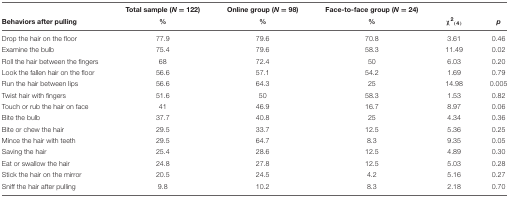
<table><thead><tr><td></td><td><b>Total sample (<i>N</i> = 122)</b></td><td><b>Online group (<i>N</i> = 98)</b></td><td><b>Face-to-face group (<i>N</i> = 24)</b></td><td></td><td></td></tr><tr><td><b>Behaviors after pulling</b></td><td><b>%</b></td><td><b>%</b></td><td><b>%</b></td><td><b>χ<sup>2</sup><sub>(4)</sub></b></td><td><b><i>p</i></b></td></tr></thead><tbody><tr><td>Drop the hair on the floor</td><td>77.9</td><td>79.6</td><td>70.8</td><td>3.61</td><td>0.46</td></tr><tr><td>Examine the bulb</td><td>75.4</td><td>79.6</td><td>58.3</td><td>11.49</td><td>0.02</td></tr><tr><td>Roll the hair between the fingers</td><td>68</td><td>72.4</td><td>50</td><td>6.03</td><td>0.20</td></tr><tr><td>Look the fallen hair on the floor</td><td>56.6</td><td>57.1</td><td>54.2</td><td>1.69</td><td>0.79</td></tr><tr><td>Run the hair between lips</td><td>56.6</td><td>64.3</td><td>25</td><td>14.98</td><td>0.005</td></tr><tr><td>Twist hair with fingers</td><td>51.6</td><td>50</td><td>58.3</td><td>1.53</td><td>0.82</td></tr><tr><td>Touch or rub the hair on face</td><td>41</td><td>46.9</td><td>16.7</td><td>8.97</td><td>0.06</td></tr><tr><td>Bite the bulb</td><td>37.7</td><td>40.8</td><td>25</td><td>4.34</td><td>0.36</td></tr><tr><td>Bite or chew the hair</td><td>29.5</td><td>33.7</td><td>12.5</td><td>5.36</td><td>0.25</td></tr><tr><td>Mince the hair with teeth</td><td>29.5</td><td>64.7</td><td>8.3</td><td>9.35</td><td>0.05</td></tr><tr><td>Saving the hair</td><td>25.4</td><td>28.6</td><td>12.5</td><td>4.89</td><td>0.30</td></tr><tr><td>Eat or swallow the hair</td><td>24.8</td><td>27.8</td><td>12.5</td><td>5.03</td><td>0.28</td></tr><tr><td>Stick the hair on the mirror</td><td>20.5</td><td>24.5</td><td>4.2</td><td>5.16</td><td>0.27</td></tr><tr><td>Sniff the hair after pulling</td><td>9.8</td><td>10.2</td><td>8.3</td><td>2.18</td><td>0.70</td></tr></tbody></table>